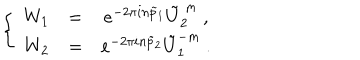
LaTeX: \left\{ ~ \begin{array} { c c c } { { W _ { 1 } } } & { { = } } & { { e ^ { - 2 \pi i n \tilde { p } _ { 1 } } \tilde { U } _ { 2 } ^ { ~ m } ~ , } } \\ { { W _ { 2 } } } & { { = } } & { { e ^ { - 2 \pi i n \tilde { p } _ { 2 } } \tilde { U } _ { 1 } ^ { - m } ~ . } } \\ \end{array} \right.